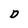
Character: D